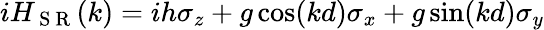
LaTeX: iH_{\mathrm{~S~R~}}(k)=ih\sigma_{z}+g\cos(kd)\sigma_{x}+g\sin(kd)\sigma_{y}